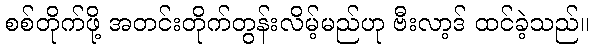
စစ်တိုက်ဖို့ အတင်းတိုက်တွန်းလိမ့်မည်ဟု ဗီးလာ့ဒ် ထင်ခဲ့သည်။